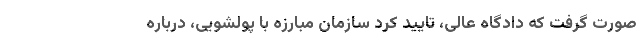
صورت گرفت که دادگاه عالی، تایید کرد سازمان مبارزه با پولشویی، درباره